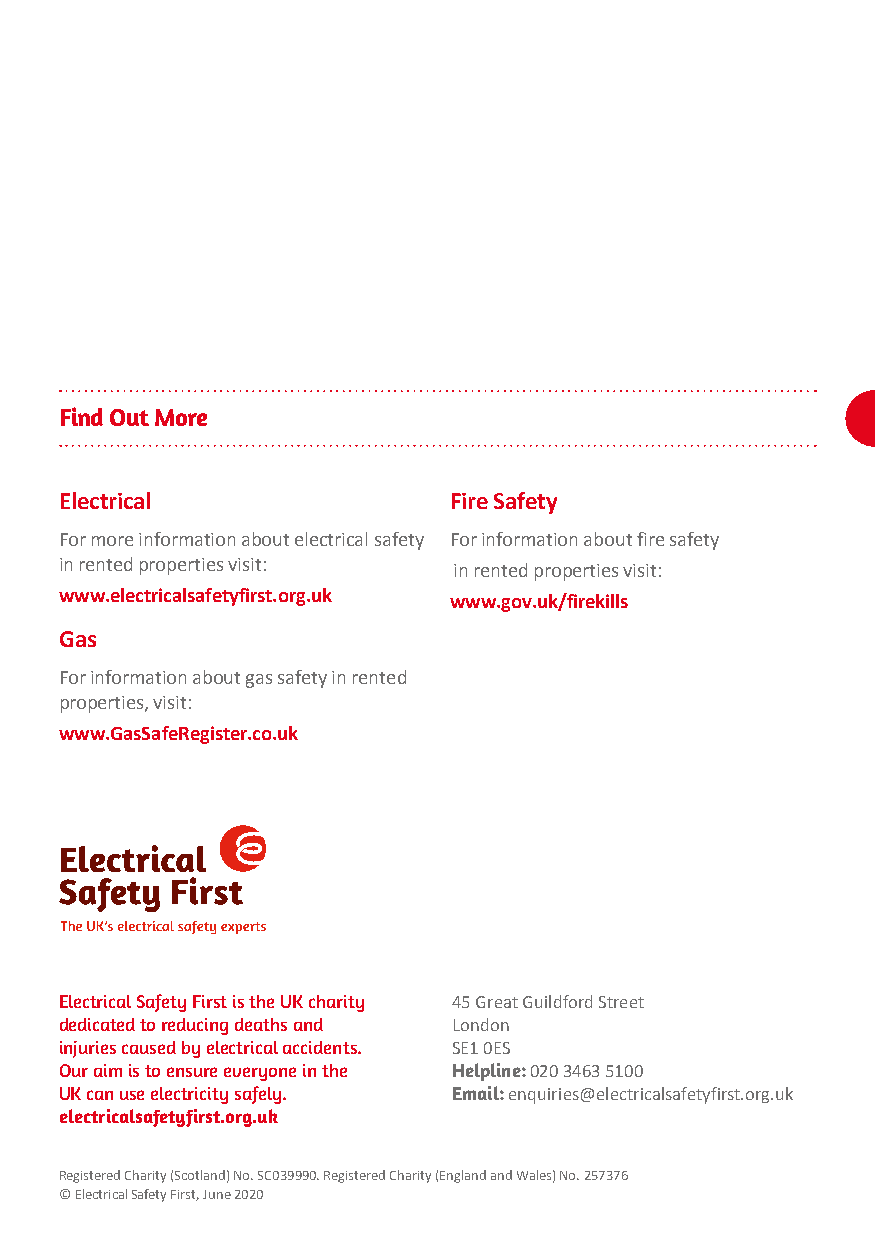
Find Out More
 Electrical                Fire Safety
 For more information about electrical safety For information about fire safety
 in rented properties visit: in rented properties visit:
 www.electricalsafetyfirst.org.uk www.gov.uk/firekills
 Gas
 For information about gas safety in rented
 properties, visit:
 www.GasSafeRegister.co.uk
 Electrical Safety First is the UK charity 45 Great Guildford Street
 dedicated to reducing deaths and London
 injuries caused by electrical accidents. SE1 0ES
 Our aim is to ensure everyone in the Helpline: 020 3463 5100
 UK can use electricity safely. Email: enquiries@electricalsafetyfirst.org.uk
 electricalsafetyfirst.org.uk
 Registered Charity (Scotland) No. SC039990. Registered Charity (England and Wales) No. 257376
 © Electrical Safety First, June 2020